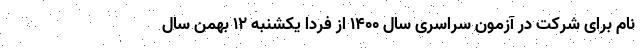
نام برای شرکت در آزمون سراسری سال ۱۴۰۰ از فردا یکشنبه ۱۲ بهمن سال